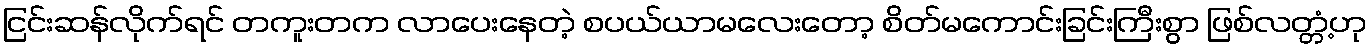
ငြင်းဆန်လိုက်ရင် တကူးတက လာပေးနေတဲ့ စပယ်ယာမလေးတော့ စိတ်မကောင်းခြင်းကြီးစွာ ဖြစ်လတ္တံ့ဟု